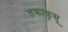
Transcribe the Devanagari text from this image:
तकाकुसू